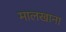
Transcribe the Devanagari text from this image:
मालखाना